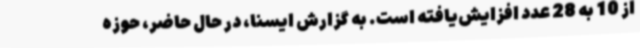
از 10 به 28 عدد افزایش‌یافته است. به گزارش ایسنا، در حال حاضر، حوزه